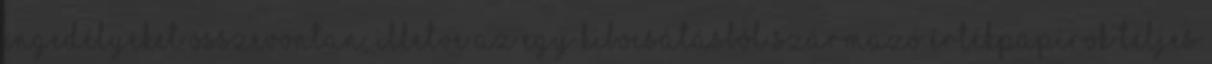
engedélyeket összevontan, illetve az egy kibocsátásból származó értékpapírok teljes